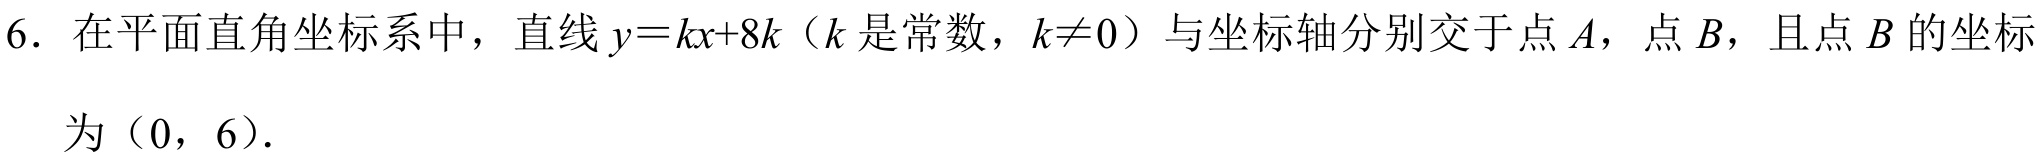
6. 在平面直角坐标系中，直线\(y = kx + 8k\)（\(k\)是常数，\(k\neq0\)）与坐标轴分别交于点\(A\)，点\(B\)，且点\(B\)的坐标
为\((0, 6)\).